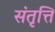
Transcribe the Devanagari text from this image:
संतृत्ति